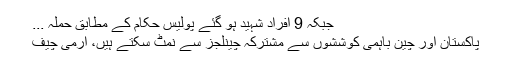
جبکہ 9 افراد شہید ہو گئے پولیس حکام کے مطابق حملہ ...
پاکستان اور چین باہمی کوششوں سے مشترکہ چینلجز سے نمٹ سکتے ہیں، آرمی چیف